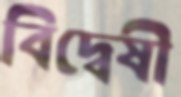
বিদ্বেষী